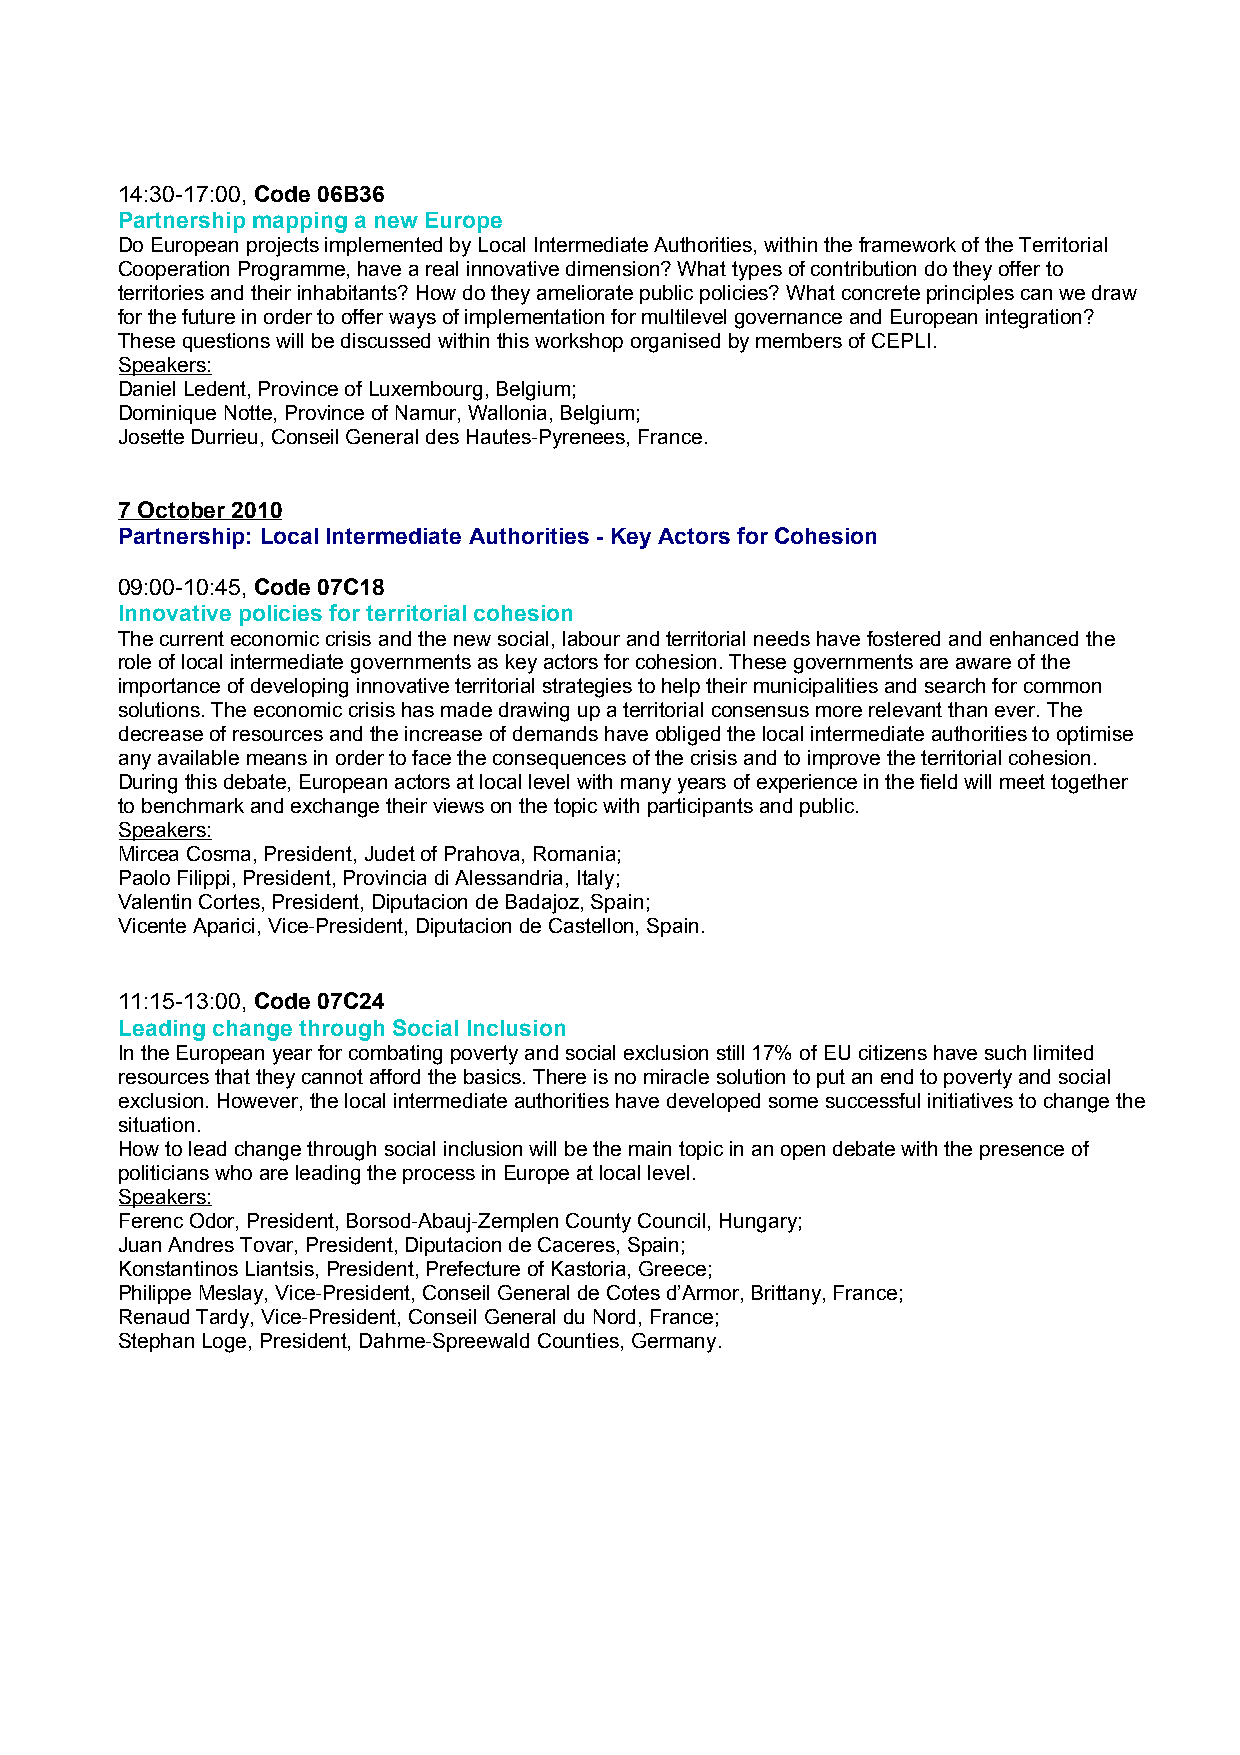
14:30-17:00, Code 06B36
 Partnership mapping a new Europe
 Do European projects implemented by Local Intermediate Authorities, within the framework of the Territorial
 Cooperation Programme, have a real innovative dimension? What types of contribution do they offer to
 territories and their inhabitants? How do they ameliorate public policies? What concrete principles can we draw
 for the future in order to offer ways of implementation for multilevel governance and European integration?
 These questions will be discussed within this workshop organised by members of CEPLI.
 Speakers:
 Daniel Ledent, Province of Luxembourg, Belgium;
 Dominique Notte, Province of Namur, Wallonia, Belgium;
 Josette Durrieu, Conseil General des Hautes-Pyrenees, France.
 7 Octo ber 2010
 Partnership: Local Intermediate Authorities - Key Actors for Cohesion
 09:00-10:45, Code 07C18
 Innovative policies for territorial cohesion
 The current economic crisis and the new social, labour and territorial needs have fostered and enhanced the
 role of local intermediate governments as key actors for cohesion. These governments are aware of the
 importance of developing innovative territorial strategies to help their municipalities and search for common
 solutions. The economic crisis has made drawing up a territorial consensus more relevant than ever. The
 decrease of resources and the increase of demands have obliged the local intermediate authorities to optimise
 any available means in order to face the consequences of the crisis and to improve the territorial cohesion.
 During this debate, European actors at local level with many years of experience in the field will meet together
 to benchmark and exchange their views on the topic with participants and public.
 Speakers:
 Mircea Cosma, President, Judet of Prahova, Romania;
 Paolo Filippi, President, Provincia di Alessandria, Italy;
 Valentin Cortes, President, Diputacion de Badajoz, Spain;
 Vicente Aparici, Vice-President, Diputacion de Castellon, Spain.
 11:15-13:00, Code 07C24
 Leading change through Social Inclusion
 In the European year for combating poverty and social exclusion still 17% of EU citizens have such limited
 resources that they cannot afford the basics. There is no miracle solution to put an end to poverty and social
 exclusion. However, the local intermediate authorities have developed some successful initiatives to change the
 situation.
 How to lead change through social inclusion will be the main topic in an open debate with the presence of
 politicians who are leading the process in Europe at local level.
 Speakers:
 Ferenc Odor, President, Borsod-Abauj-Zemplen County Council, Hungary;
 Juan Andres Tovar, President, Diputacion de Caceres, Spain;
 Konstantinos Liantsis, President, Prefecture of Kastoria, Greece;
 Philippe Meslay, Vice-President, Conseil General de Cotes d’Armor, Brittany, France;
 Renaud Tardy, Vice-President, Conseil General du Nord, France;
 Stephan Loge, President, Dahme-Spreewald Counties, Germany.